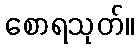
စောရသုတ်။